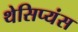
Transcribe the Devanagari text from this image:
थेसिप्यंस